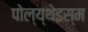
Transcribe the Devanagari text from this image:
पोल्य्थेइस्म